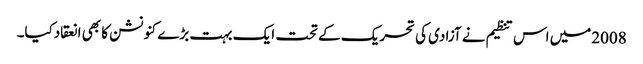
2008میں اس تنظیم نے آزادی کی تحریک کے تحت ایک بہت بڑے کنونشن کا بھی انعقادکیا۔